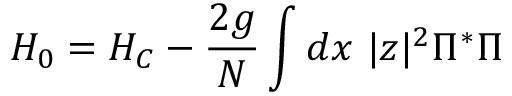
H _ { 0 } = H _ { C } - \frac { 2 g } { N } \int d x ~ | z | ^ { 2 } \Pi ^ { * } \Pi